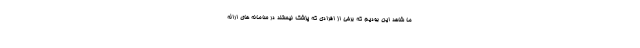
ما شاهد این بودیم که برخی از افرادی که پزشک نیستند در سامانه های ارائه